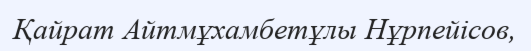
Қайрат Айтмұхамбетұлы Нұрпейісов,